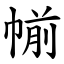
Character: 㡐